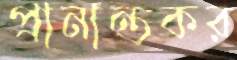
প্রানান্তকর